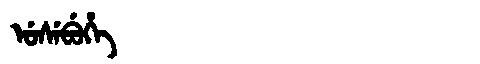
Manchu: ᡠᠰᡝᠪᡠᡥᡝ
Romanization: USEBUHE